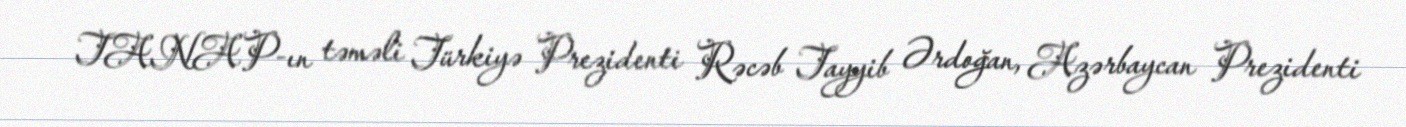
TANAP-ın təməli Türkiyə Prezidenti Rəcəb Tayyib Ərdoğan, Azərbaycan Prezidenti